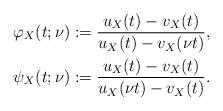
LaTeX: \begin{align*} \varphi_X(t;\nu) &:= \frac{u_X(t)-v_X(t)}{u_X(t)-v_X(\nu t)}, \\ \psi_X(t;\nu) &:= \frac{u_X(t)-v_X(t)}{u_X(\nu t)-v_X(t)}.\end{align*}